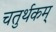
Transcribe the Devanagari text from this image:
चतुर्थकम्